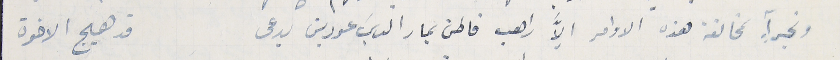
وتجرآٍ مخالفة هذه الاوامر الاَّ  راهب قاطن بمار الياسَ عودين يدعى قد هيج الاخوة